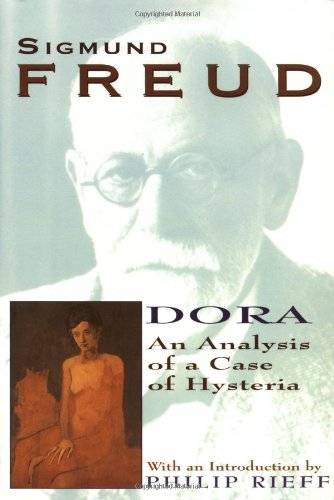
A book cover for Dora: An Analysis of a Case of Hysteria (Collected Papers of Sigmund Freud); Sigmund Freud; Medical Books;